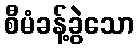
စီမံခန့်ခွဲသော